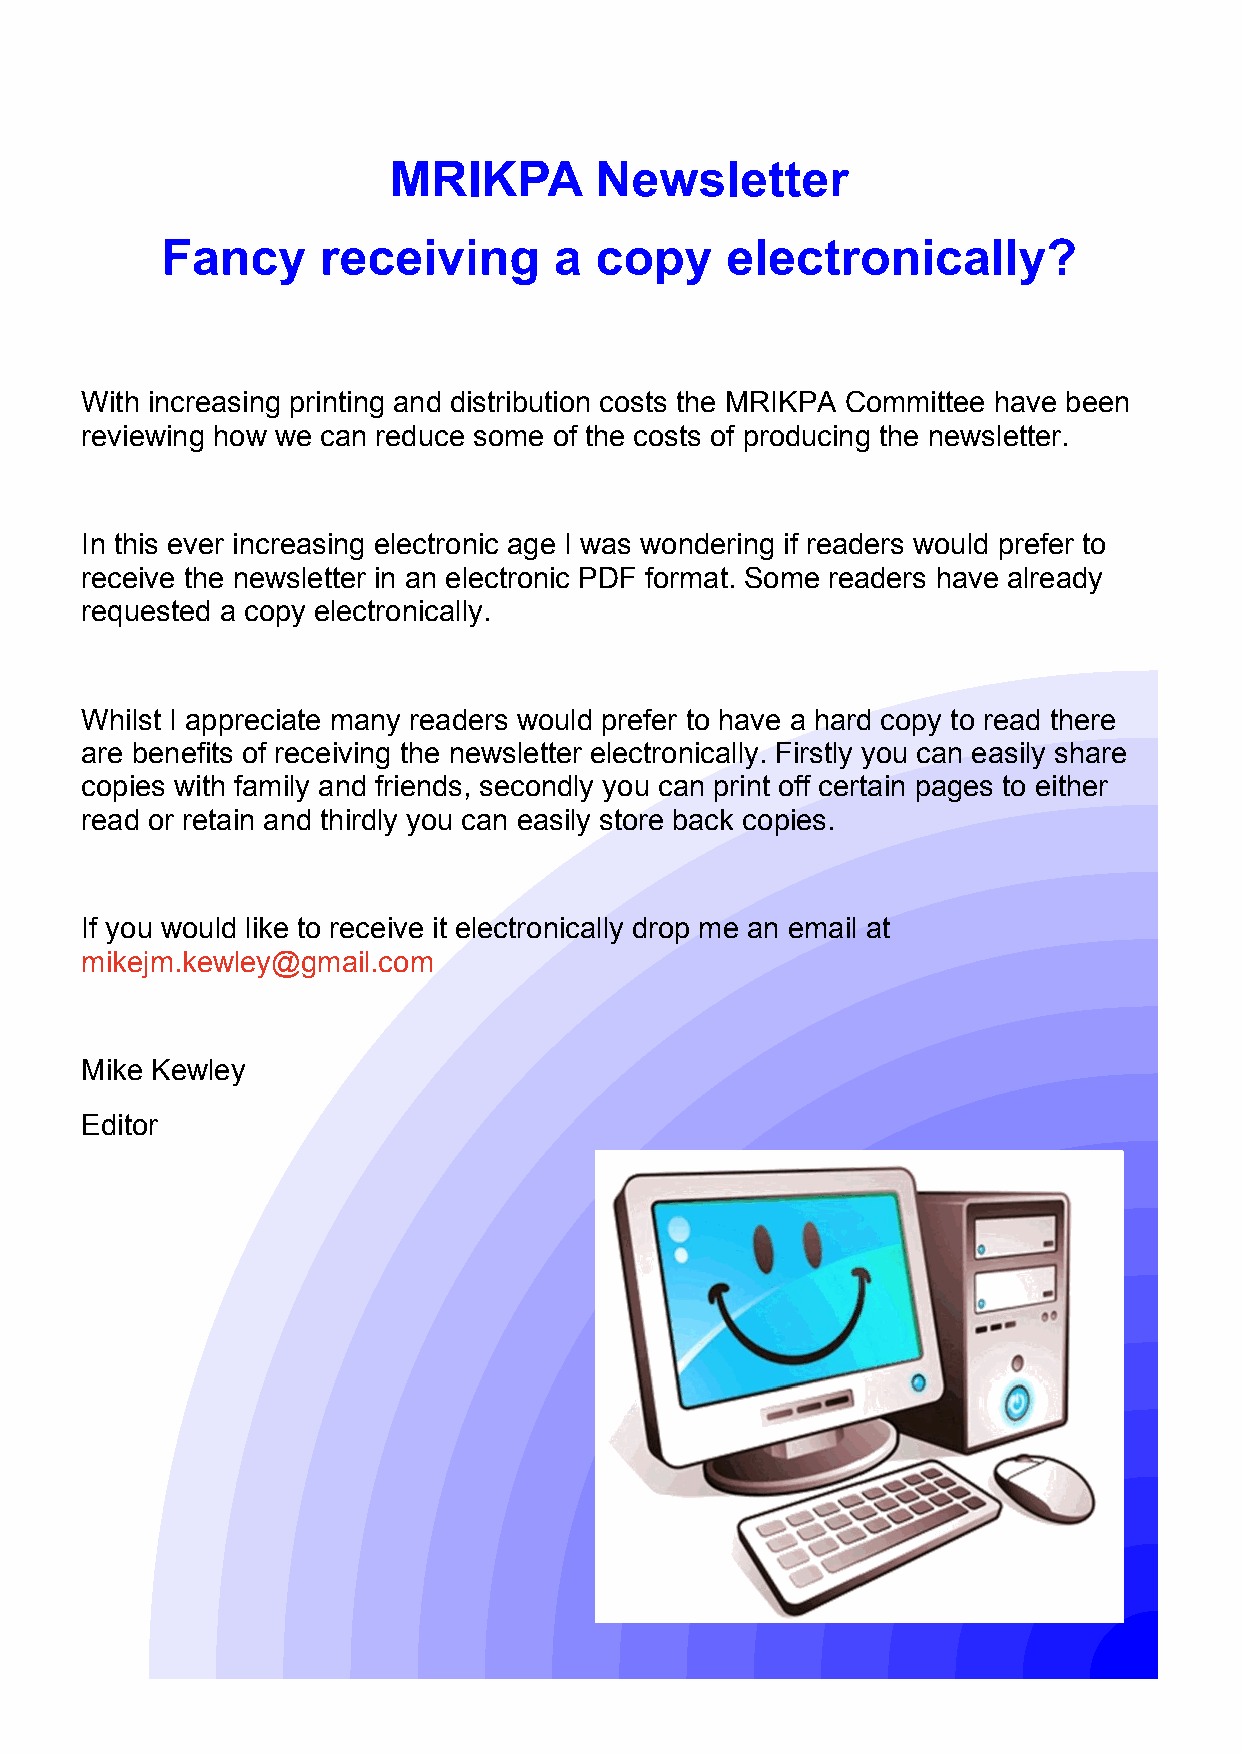
MRIKPA       Newsletter
 Fancy     receiving       a copy     electronically?
 With increasing printing and distribution costs the MRIKPA Committee have been
 reviewing how we can reduce some of the costs of producing the newsletter.
 In this ever increasing electronic age I was wondering if readers would prefer to
 receive the newsletter in an electronic PDF format. Some readers have already
 requested a copy electronically.
 Whilst I appreciate many readers would prefer to have a hard copy to read there
 are benefits of receiving the newsletter electronically. Firstly you can easily share
 copies with family and friends, secondly you can print off certain pages to either
 read or retain and thirdly you can easily store back copies.
 If you would like to receive it electronically drop me an email at
 mikejm.kewley@gmail.com
 Mike Kewley
 Editor